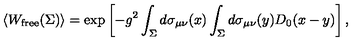
\left< W _ { \mathrm { f r e e } } ( \Sigma ) \right> = \exp \left[ - g ^ { 2 } \int _ { \Sigma } ^ { } d \sigma _ { \mu \nu } ( x ) \int _ { \Sigma } ^ { } d \sigma _ { \mu \nu } ( y ) D _ { 0 } ( x - y ) \right] ,